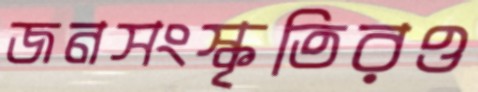
জনসংস্কৃতিরও